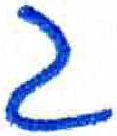
אות: ג